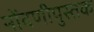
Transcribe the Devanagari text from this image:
नोंदणीपुस्तक